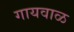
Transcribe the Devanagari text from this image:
गायवाळ